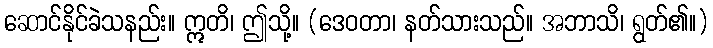
ဆောင်နိုင်ခဲသနည်း။ ဣတိ၊ ဤသို့။ (ဒေဝတာ၊ နတ်သားသည်။ အဘာသိ၊ ရွတ်၏။)